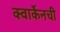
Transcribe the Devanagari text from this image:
क्वार्केनची